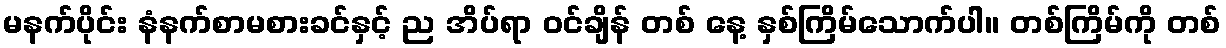
မနက်ပိုင်း နံနက်စာမစားခင်နှင့် ည အိပ်ရာ ဝင်ချိန် တစ် နေ့ နှစ်ကြိမ်သောက်ပါ။ တစ်ကြိမ်ကို တစ်